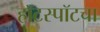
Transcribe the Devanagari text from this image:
हॉटस्पॉटचा